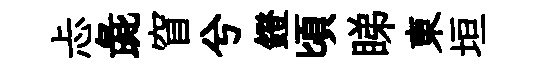
忐彘窅兮鐙頃睇東垣